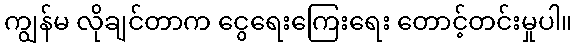
ကျွန်မ လိုချင်တာက ငွေရေးကြေးရေး တောင့်တင်းမှုပါ။